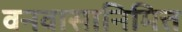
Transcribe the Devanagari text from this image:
वनवासानिमित्त